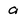
Character: 9